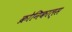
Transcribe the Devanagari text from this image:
क्रोनिकाल्स